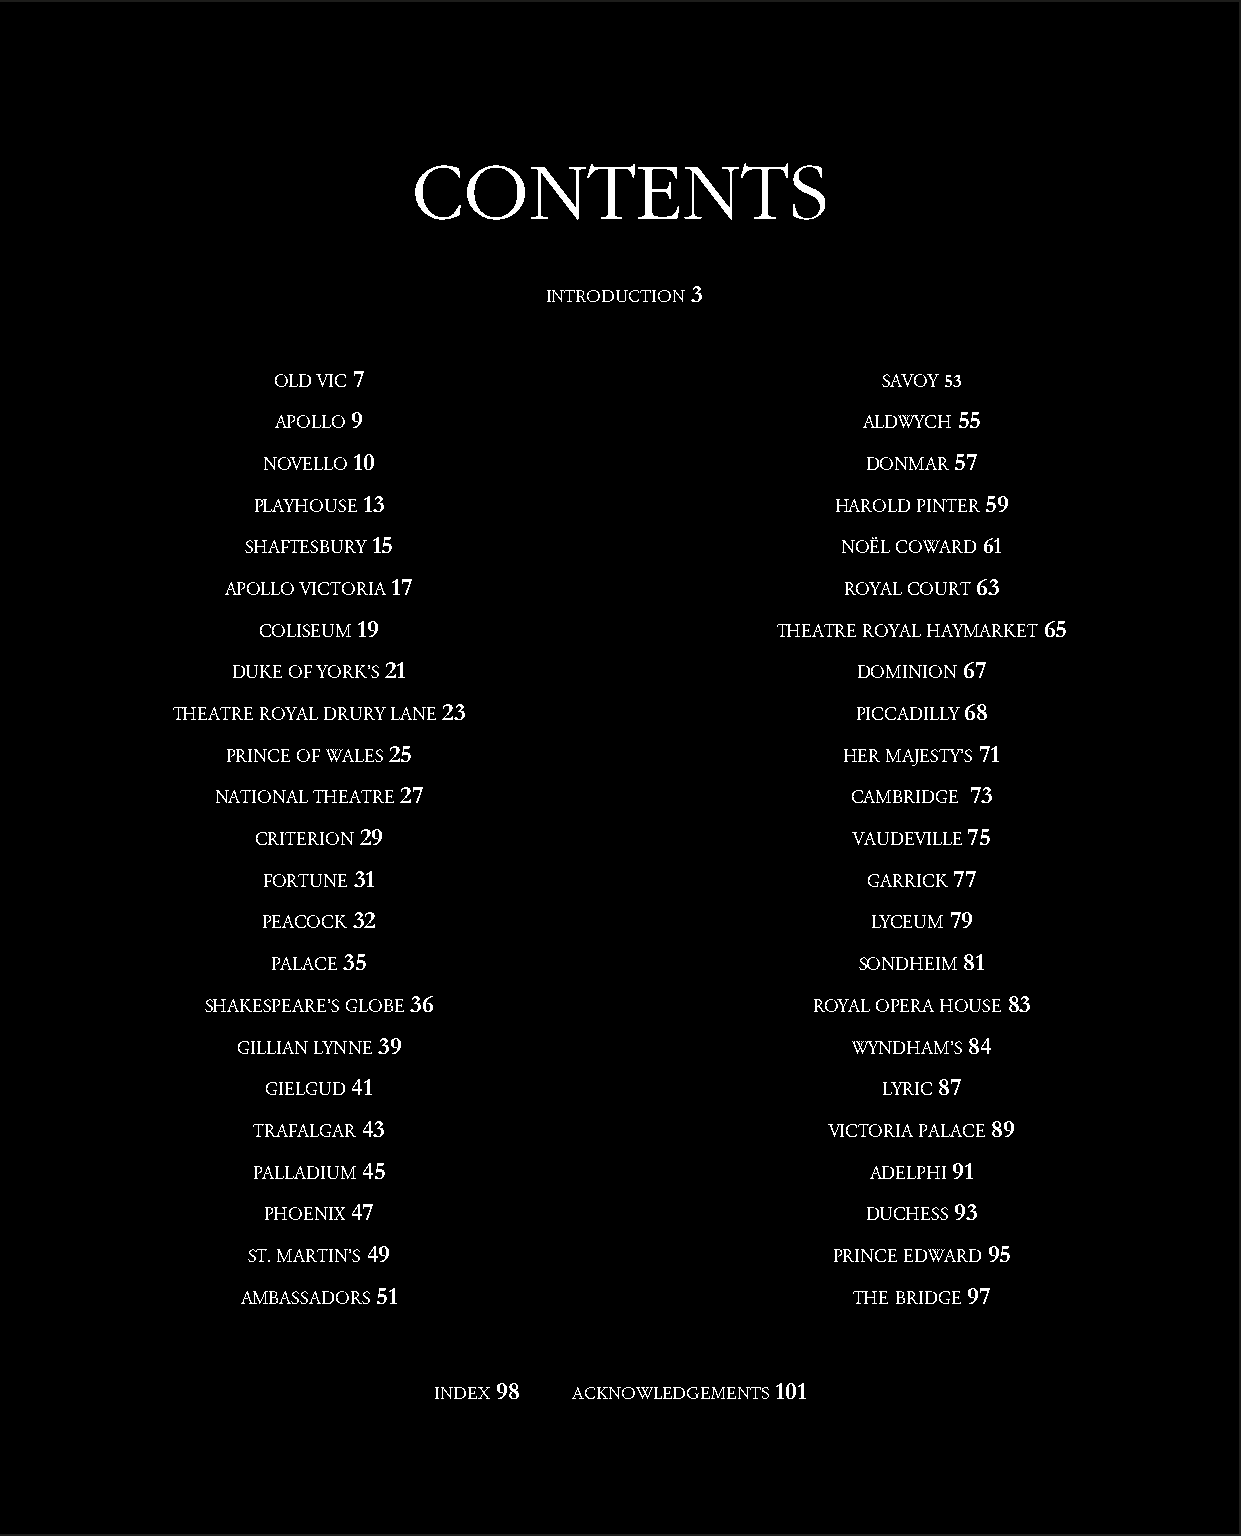
CONTENTS
 INTRODUCTION 3
 OLD VIC 7                               SAVOY 53
 APOLLO 9                               ALDWYCH 55
 NOVELLO 10                              DONMAR 57
 PLAYHOUSE 13                          HAROLD PINTER 59
 SHAFTESBURY 15                          NOËL COWARD 61
 APOLLO VICTORIA 17                       ROYAL COURT 63
 COLISEUM 19                       THEATRE ROYAL HAYMARKET 65
 DUKE OF YORK’S 21                         DOMINION 67
 THEATRE ROYAL DRURY LANE 23                   PICCADILLY 68
 PRINCE OF WALES 25                       HER MAJESTY’S 71
 NATIONAL THEATRE 27                       CAMBRIDGE 73
 CRITERION 29                           VAUDEVILLE 75
 FORTUNE 31                              GARRICK 77
 PEACOCK 32                               LYCEUM 79
 PALACE 35                              SONDHEIM 81
 SHAKESPEARE’S GLOBE 36                  ROYAL OPERA HOUSE 83
 GILLIAN LYNNE 39                        WYNDHAM’S 84
 GIELGUD 41                              LYRIC 87
 TRAFALGAR 43                          VICTORIA PALACE 89
 PALLADIUM 45                             ADELPHI 91
 PHOENIX 47                              DUCHESS 93
 ST. MARTIN’S 49                        PRINCE EDWARD 95
 AMBASSADORS 51                          THE BRIDGE 97
 INDEX 98 ACKNOWLEDGEMENTS 101